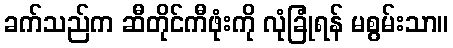
ခက်သည်က ဆီတိုင်ကီဖုံးကို လုံခြုံရန် မစွမ်းသာ။